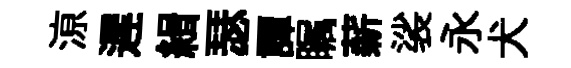
鿌遲緝瑟譚瞩薪裟永犬